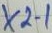
Text: X2-1